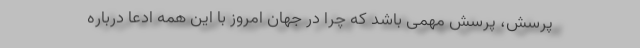
پرسش، پرسش مهمی باشد که چرا در جهان امروز با این همه ادعا درباره